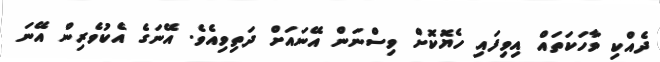
ދެއްކި ވާހަކަތައް އިވިފައި ހެޔޮކޮށް ވިސްނަން އޭނައަށް ދަތިވިއެވެ. އޭނަގެ އެކުވެރިން އޭނަ